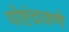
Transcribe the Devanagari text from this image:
पोहंचवणे